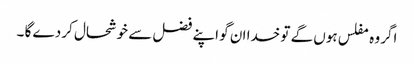
اگر وہ مفلس ہوں گے تو خدا ان گو اپنے فضل سے خوشحال کر دے گا ۔